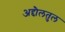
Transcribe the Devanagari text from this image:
अद्दौलतुल